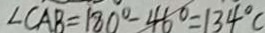
\angle C A B = 1 8 0 ^ { \circ } - 4 6 ^ { \circ } = 1 3 4 ^ { \circ } C